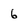
Character: 6